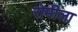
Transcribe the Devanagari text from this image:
रोमीला